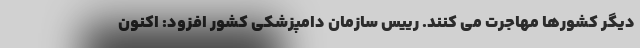
دیگر کشورها مهاجرت می کنند. رییس سازمان دامپزشکی کشور افزود: اکنون